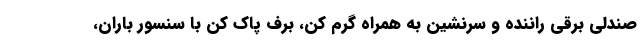
صندلی برقی راننده و سرنشین به همراه گرم کن، برف پاک کن با سنسور باران،